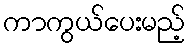
ကာကွယ်ပေးမည့်